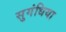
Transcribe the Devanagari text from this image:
सुगंधिया